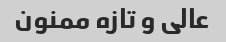
عالی و تازه ممنون